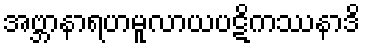
အဗ္ဘာနာရဟမူလာယပဋိကဿနာဒိ